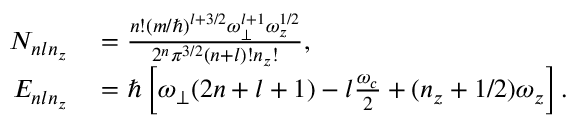
\begin{array} { r l } { N _ { n l n _ { z } } } & { { } = \frac { n ! ( m / \hbar ) ^ { l + 3 / 2 } \omega _ { \perp } ^ { l + 1 } \omega _ { z } ^ { 1 / 2 } } { 2 ^ { n } \pi ^ { 3 / 2 } ( n + l ) ! n _ { z } ! } , } \\ { E _ { n l n _ { z } } } & { { } = \hbar \left[ \omega _ { \perp } ( 2 n + l + 1 ) - l \frac { \omega _ { c } } { 2 } + ( n _ { z } + 1 / 2 ) \omega _ { z } \right] . } \end{array}